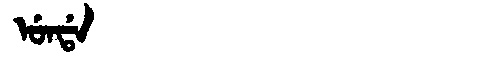
Manchu: ᡠᠨᡩᠠ
Romanization: UNDA